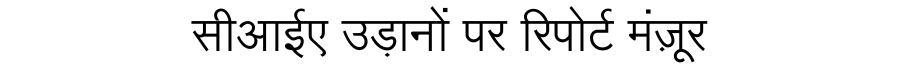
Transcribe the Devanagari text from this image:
सीआईए उड़ानों पर रिपोर्ट मंज़ूर